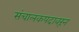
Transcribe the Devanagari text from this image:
संचालकपदावरून